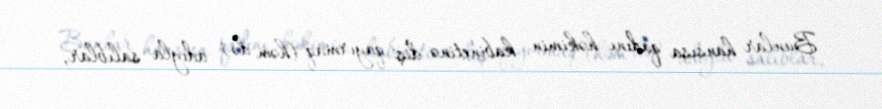
Bunlar hansısa qadını həkimin kabinetinə diş qayırmaq (həm də) adıyla salıblar,